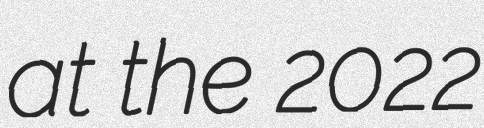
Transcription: at the 2022